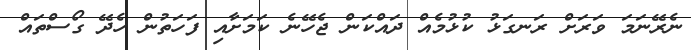
ނެރޭނަމަ ވަރަށް ރަނގަޅު ކުޅުމެއް ދައްކަން ޖެހޭނެ ކަމަށާއި ފަހަތުން ހެދޭ ގޯސްތައް